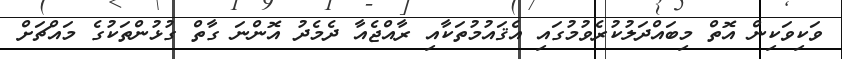
ވަކިވަކިން އޮތް މިބައްދަލުކުރެވުމުގައި އެޤައުމުތަކާއި ރާއްޖެއާ ދެމެދު އޮންނަ ގާތް ގުޅުންތަކުގެ މައްޗަށް